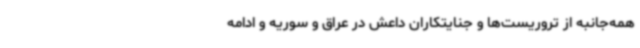
همه‌جانبه از تروریست‌ها و جنایتکاران داعش در عراق و سوریه و ادامه